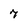
Character: 7